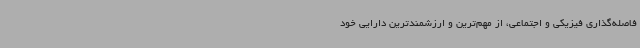
فاصله‌گذاری فیزیکی و اجتماعی، از مهم‌ترین و ارزشمندترین دارایی خود